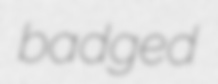
badged